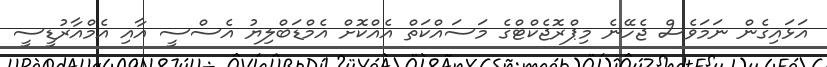
އަޅައިގެން ނަމަވެސް ޖެހޭނެ މިޕްރޮޖެކްޓްގެ މަސައްކަތް އެއްކޮށް އެމްޑަބްލިޔުު އެސްސީ އާއި އެމްއާރުޑީސީ